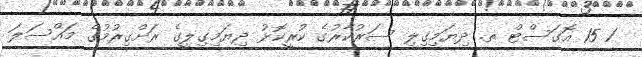
1 15 އޮގަސްޓް ތ. ދިޔަމިގިލި ސަރުކާރުގެ ކުރީކޮޅު ދިޔަމިގިލީގެ ރަށްގިރުމުގެ މައްސަލަ